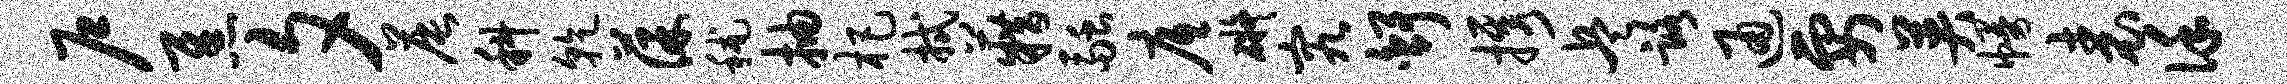
户焦夕晨科干葆秫抽杷拭籍融底碍究舒携兵路通要英幔表谨